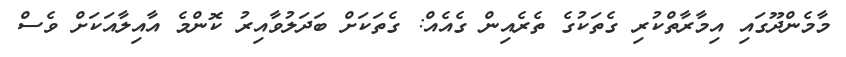
މާމެންދޫގައި އިމާރާތްކުރި ގެތަކުގެ ތެރެއިން ގެއެއް: ގެތަކަށް ބަދަލުވާއިރު ކޮންމެ އާއިލާއަކަށް ވެސް